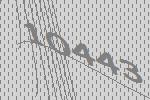
10443